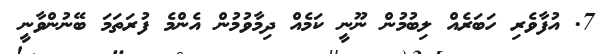
7. އުފާވެރި ހަބަރެއް ލިބުމުން ނޫނީ ކަމެއް ދިމާވުމުން އެންމެ ފުރަތަމަ ބޭނުންވާނީ